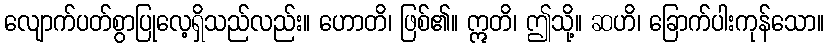
လျောက်ပတ်စွာပြုလေ့ရှိသည်လည်း။ ဟောတိ၊ ဖြစ်၏။ ဣတိ၊ ဤသို့။ ဆဟိ၊ ခြောက်ပါးကုန်သော။